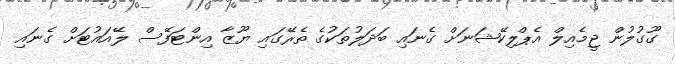
ގޫގުލުން ޖީމެއިލް އެޕްލިކޭޝަނަށް ގެނައި ބަދަލުތަކުގެ ތެރޭގައި ޔޫޒާ އިންޓަފޭސް ލޭއައުޓަށް ގެނައި